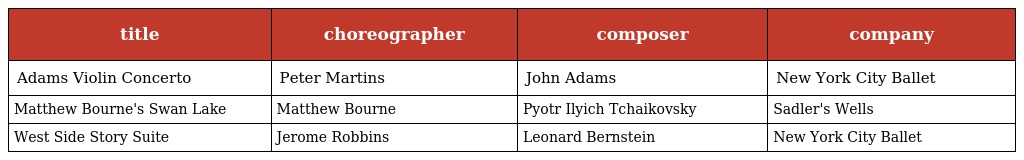
| title | choreographer | composer | company |
 | --- | --- | --- | --- |
 | Adams Violin Concerto | Peter Martins | John Adams | New York City Ballet |
 | Matthew Bourne's Swan Lake | Matthew Bourne | Pyotr Ilyich Tchaikovsky | Sadler's Wells |
 | West Side Story Suite | Jerome Robbins | Leonard Bernstein | New York City Ballet |